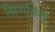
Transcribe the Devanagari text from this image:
सिगकिल